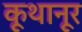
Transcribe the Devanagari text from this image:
कूथानूर